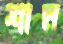
শাম